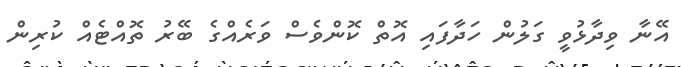
އޭނާ ވިދާޅުވީ ގަލުން ހަދާފައި އޮތް ކޮންވެސް ވަރެއްގެ ބޭރު ތޮއްޓެއް ކުރިން